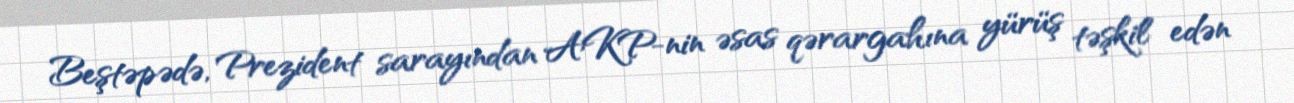
Beştəpədə, Prezident sarayından AKP-nin əsas qərargahına yürüş təşkil edən